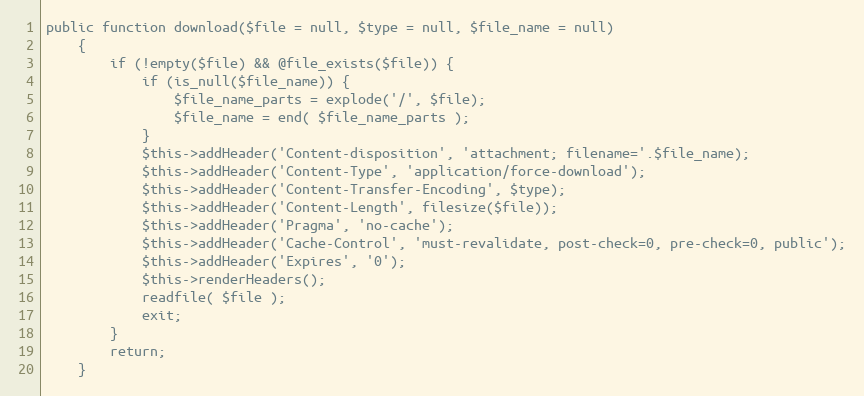
Language: PHP
public function download($file = null, $type = null, $file_name = null)
    {
        if (!empty($file) && @file_exists($file)) {
            if (is_null($file_name)) {
                $file_name_parts = explode('/', $file);
                $file_name = end( $file_name_parts );
            }
            $this->addHeader('Content-disposition', 'attachment; filename='.$file_name);
            $this->addHeader('Content-Type', 'application/force-download');
            $this->addHeader('Content-Transfer-Encoding', $type);
            $this->addHeader('Content-Length', filesize($file));
            $this->addHeader('Pragma', 'no-cache');
            $this->addHeader('Cache-Control', 'must-revalidate, post-check=0, pre-check=0, public');
            $this->addHeader('Expires', '0');
            $this->renderHeaders();
            readfile( $file );
            exit;
        }
        return;
    }